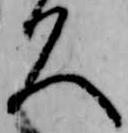
久